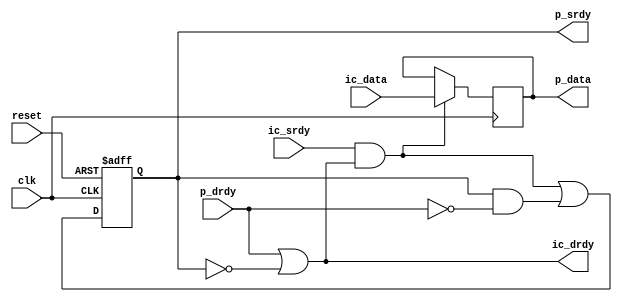
//----------------------------------------------------------------------
// Srdy/Drdy output block
//
// Halts timing on all signals except ic_drdy
// ic_drdy is a combinatorial path from p_drdy
//
// Naming convention: c = consumer, p = producer, i = internal interface
//----------------------------------------------------------------------
//
// This block is uncopyrighted and released into the public domain.
//----------------------------------------------------------------------

// Clocking statement for synchronous blocks.  Default is for
// posedge clocking and positive async reset
`ifndef SDLIB_CLOCKING 
 `define SDLIB_CLOCKING posedge clk or posedge reset
`endif

// delay unit for nonblocking assigns, default is to #1
`ifndef SDLIB_DELAY 
 `define SDLIB_DELAY #1 
`endif

module sd_output
  #(parameter width = 8)
  (
   input              clk,
   input              reset,
   input              ic_srdy,
   output reg         ic_drdy,
   input [width-1:0]  ic_data,

   output reg         p_srdy,
   input              p_drdy,
   output reg [width-1:0] p_data
   );

  reg 	  load;   // true when data will be loaded into p_data
  reg 	  nxt_p_srdy;

  always @*
    begin
      ic_drdy = p_drdy | !p_srdy;
      load  = ic_srdy & ic_drdy;
      nxt_p_srdy = load | (p_srdy & !p_drdy);
    end
  
  always @(`SDLIB_CLOCKING)
    begin
      if (reset)
	begin
	  p_srdy <= `SDLIB_DELAY 0;
	end
      else
	begin
	  p_srdy <= `SDLIB_DELAY nxt_p_srdy;
	end // else: !if(reset)
    end // always @ (posedge clk)

  always @(posedge clk)
    if (load)
      p_data <= `SDLIB_DELAY ic_data;

endmodule // it_output